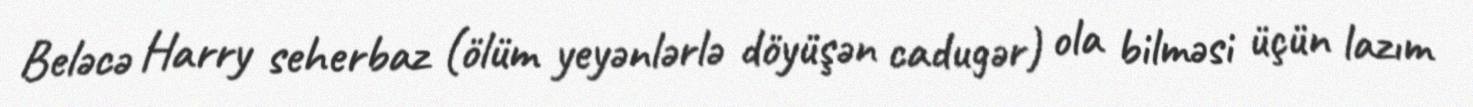
Beləcə Harry seherbaz (ölüm yeyənlərlə döyüşən cadugər) ola bilməsi üçün lazım